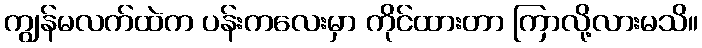
ကျွန်မလက်ထဲက ပန်းကလေးမှာ ကိုင်ထားတာ ကြာလို့လားမသိ။